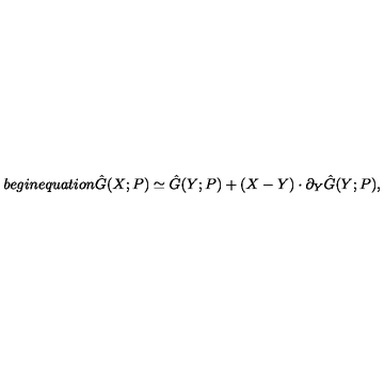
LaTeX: b e g i n { e q u a t i o n } \hat { G } ( X ; P ) \simeq \hat { G } ( Y ; P ) + ( X - Y ) \cdot \partial _ { Y } \hat { G } ( Y ; P ) ,